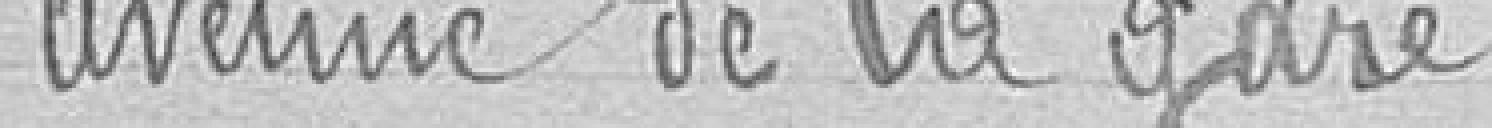
avenue de la gare :